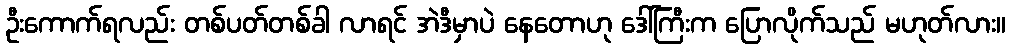
ဦးကောက်ရလည်း တစ်ပတ်တစ်ခါ လာရင် အဲဒီမှာပဲ နေတောဟု ဒေါ်ကြီးက ပြောလိုက်သည် မဟုတ်လား။